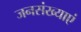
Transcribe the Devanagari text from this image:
जनसंख्याएं